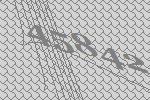
45842